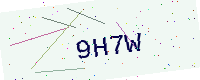
Text: 9H7W